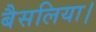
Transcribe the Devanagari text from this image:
बैसलिया।